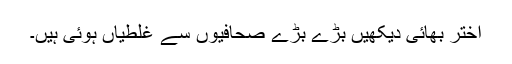
اختر بھائی دیکھیں بڑے بڑے صحافیوں سے غلطیاں ہوئی ہیں۔